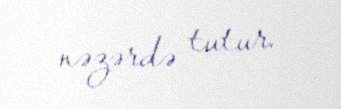
nəzərdə tutur.